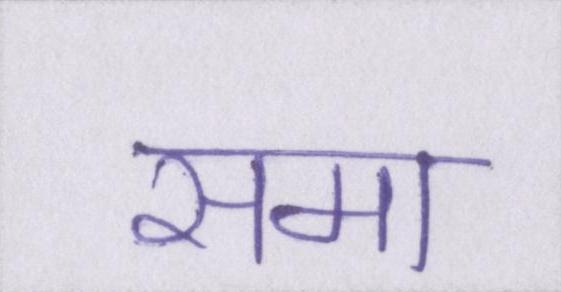
समा